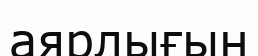
аярлығын